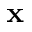
\mathbf { x }